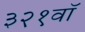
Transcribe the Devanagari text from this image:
३२१वॉ